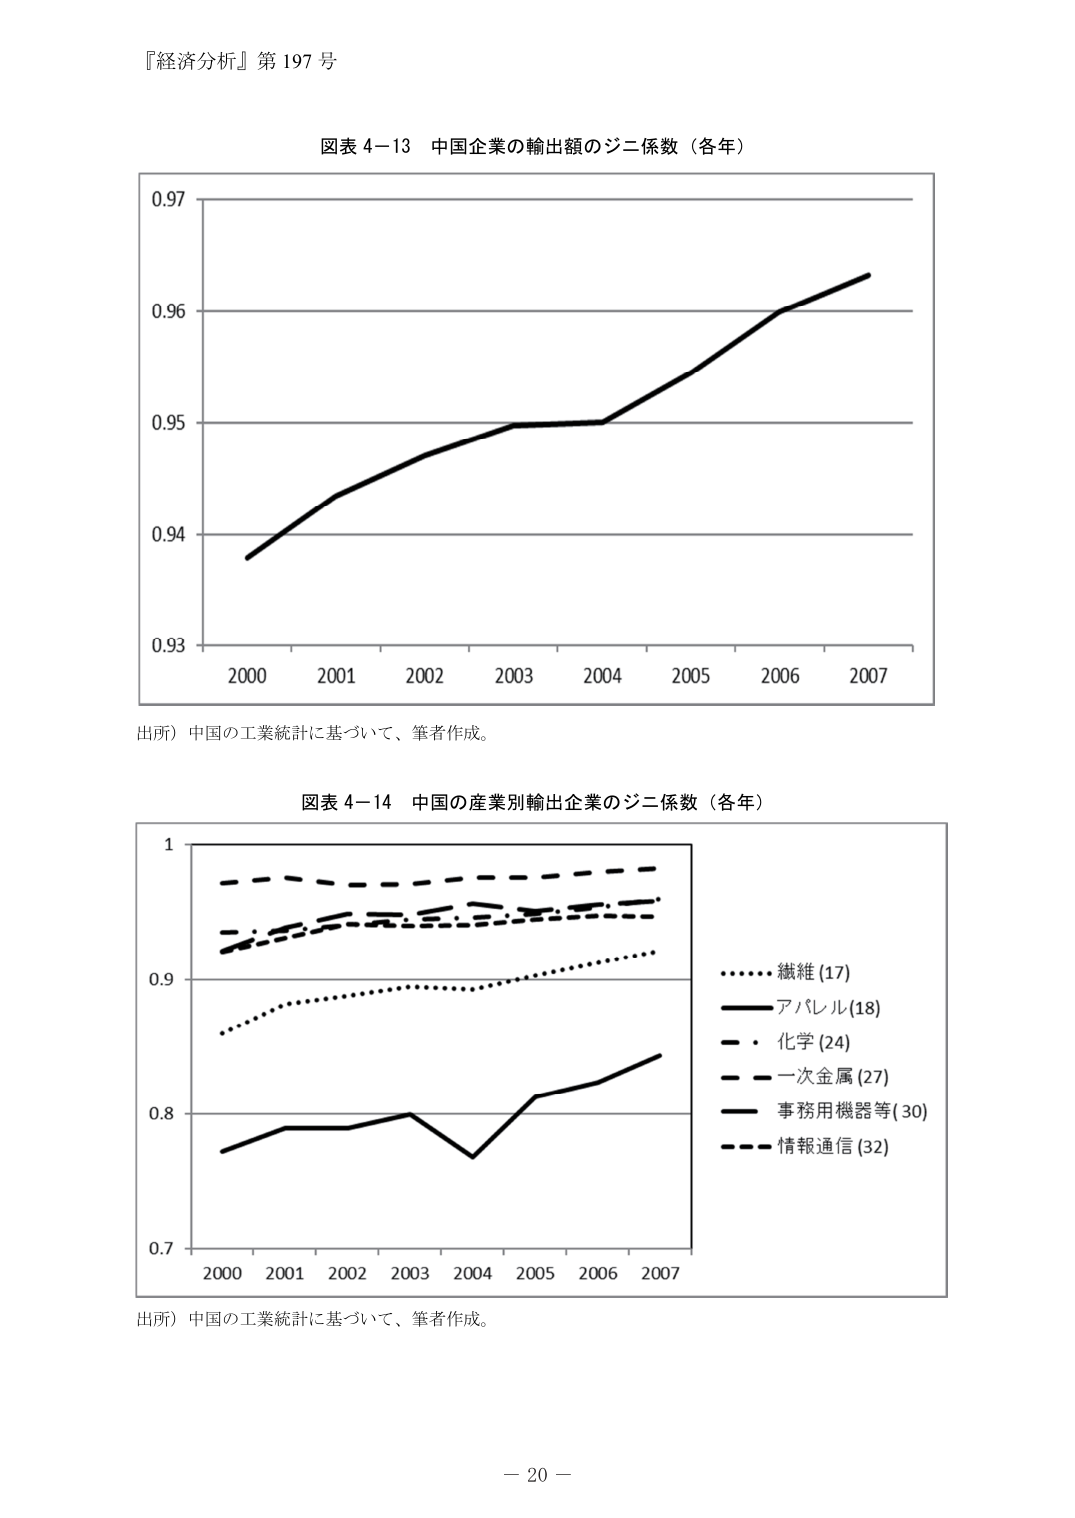
『経済分析』第 197 号

図表 4－13 中国企業の輸出額のジニ係数（各年）

0.97
0.96
0.95
0.94
0.93
2000 2001 2002 2003 2004 2005 2006 2007

出所）中国の工業統計に基づいて、筆者作成。

図表 4－14 中国の産業別輸出企業のジニ係数（各年）

1
0.9
0.8
0.7
2000 2001 2002 2003 2004 2005 2006 2007

・・・・・・繊維 (17)
――――アパレル (18)
――・化学 (24)
――――一次金属 (27)
――――事務用機器等 (30)
――――情報通信 (32)

出所）中国の工業統計に基づいて、筆者作成。

－ 20 －